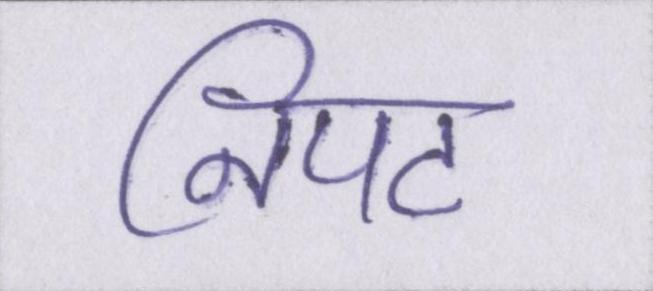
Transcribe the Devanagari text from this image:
निपट